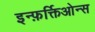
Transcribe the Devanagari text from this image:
इन्फ़र्क्तिओन्स